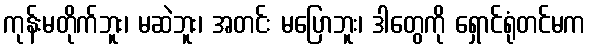
ကုန်းမတိုက်ဘူး၊ မဆဲဘူး၊ အတင်း မပြောဘူး၊ ဒါတွေကို ရှောင်ရုံတင်မက